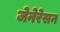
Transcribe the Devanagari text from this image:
जेनेरेसन